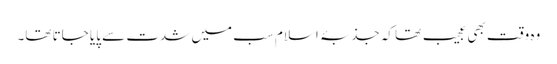
وہ وقت بھی عجیب تھا کہ جذبۂ اسلام سب میں شدت سے پایا جاتا تھا۔